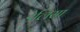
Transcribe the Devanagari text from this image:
डेलिसा